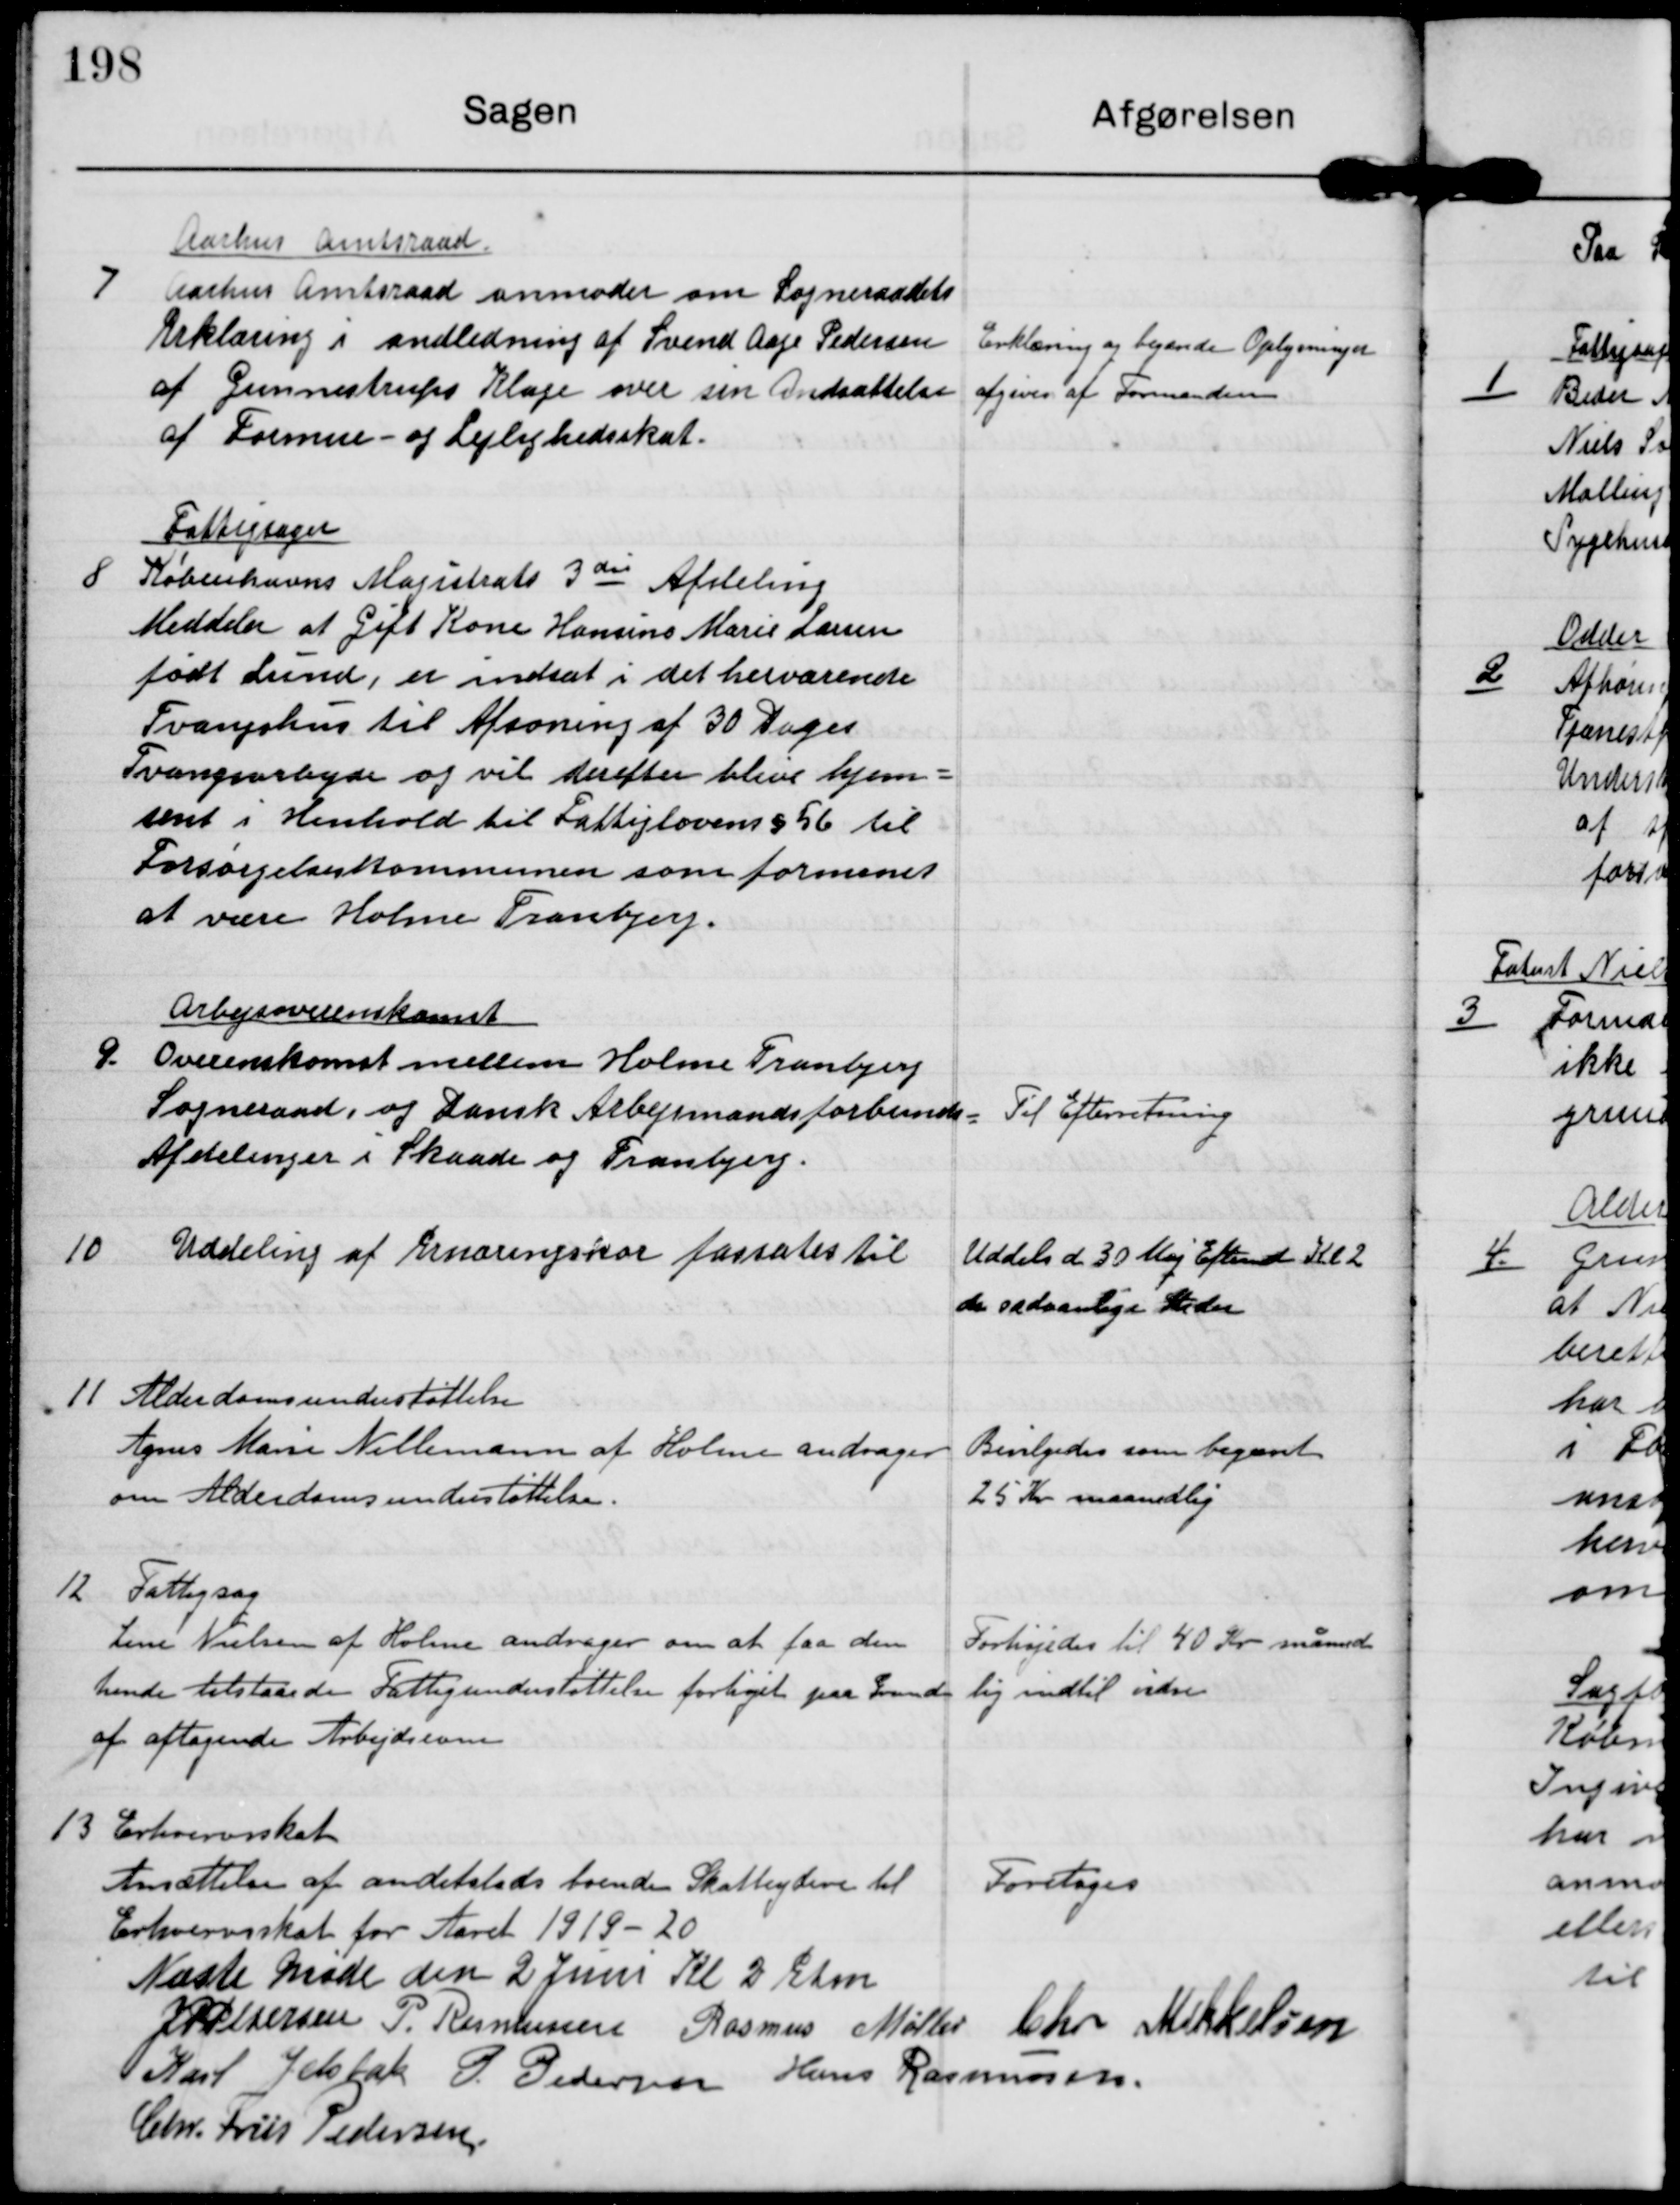
Transskription:
7

Aarhus Amtsraad
Aarhus Amtsraad anmoder om Sogneraadets
Erklæring i andledning af Svend Aage Pedersen
af Gunnestrups Klage over sin Andsættelse
af Formue- og Lejlighedsskat.

Erklæring og begærede Oplysninger
afgives af Formanden.

8

Fattigsager
Københavns Magistrats 3die Afdeling
Meddeler at Gift Kone Hansine Marie Larsen
født Lund, er indsat i det herværende
Tvangshus til Afsoning af 30 Dages
Tvangsarbejde og vil derefter blive hjem-
sent i henhold til Fattiglovens §56 til
Forsørgelseskommunen som formenet
at være Holme Tranbjerg.

9.

Arbejsoverenskomst
Overenskomst mellem Holme Tranbjerg
Sogneraad og Dansk Arbejsmandsforbunds
Afdelinger i Skaade og Tranbjerg

Til Efterretning

10

Uddeling af Ernæringskor fastsates til

Uddels d 30 Maj Eftermd Kl 2
de sædvanlige Steder

11

Alderdomsunderstøttelse
Agnes Marie Nellemann af Holme andrager
om Alderdomsunderstøttelse

Bevilgedes som begæret
25 Kr maanedlig

12

Fattigsag
Lene Nielsen af Holme andrager om at faa den
hende tilstaaede Fattigunderstøttelse forhøjet paa Grund
af aftagende Arbejdsevne

Forhøjedes til 40 Kr måned-
lig indtil vidre.

13

Erhvervsskat
Ansættelse af andetsteds boende Skatteydere til
Erhvervsskat for Aaret 1919-20

Foretoges

Næste Møde den 2 Juni Kl 2 Efm.

J P Pedersen

P. Rasmussen

Rasmus Møller

Chr Mikkelsen

Karl Jelsbak

P. Pedersen

Hans Rasmussen

Chr. Friis Pedersen